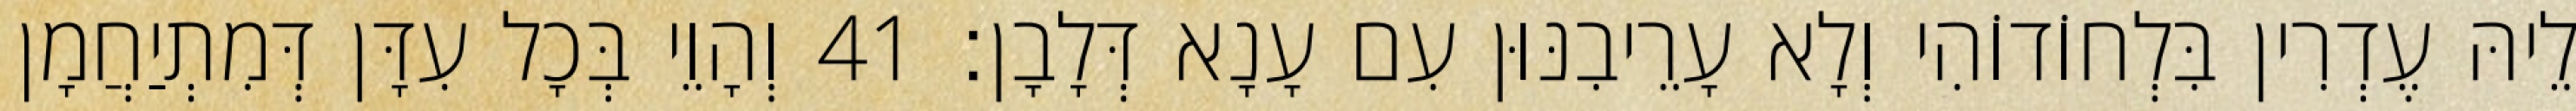
לֵיהּ עֶדְרִין בִּלְחוֹדוֹהִי וְלָא עָרֵיבִנּוּן עִם עָנָא דְּלָבָן׃ 41 וְהָוֵי בְּכָל עִדָּן דְּמִתְיַחֲמָן